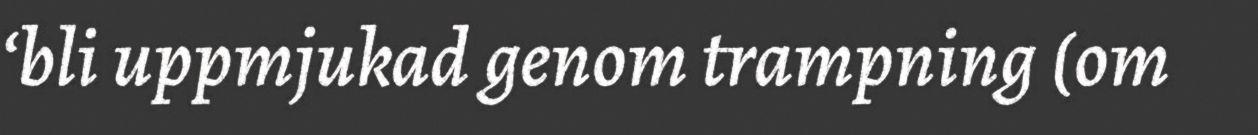
‘bli uppmjukad genom trampning (om